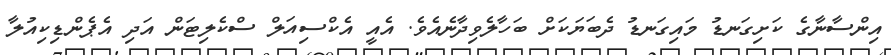
އިންސާނާގެ ކަށިގަނޑު މައިގަނޑު ދެބަޔަކަށް ބަހާލެވިދާނެއެވެ. އެއީ އެކްސިއަލް ސްކެލިޓަން އަދި އެޕެންޑިކިއުލާ